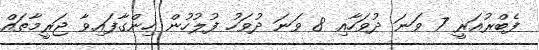
ފެބްރުއަރީ 7 ވަނަ ދުވަހާއި 8 ވަނަ ދުވަހު ފުލުހުން ހިންގާފައިވާ ޖަރީމާތައް